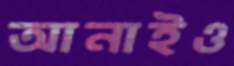
আনাইও